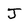
Character: j